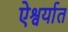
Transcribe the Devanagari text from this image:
ऐश्वर्यात